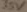
Text: 35V